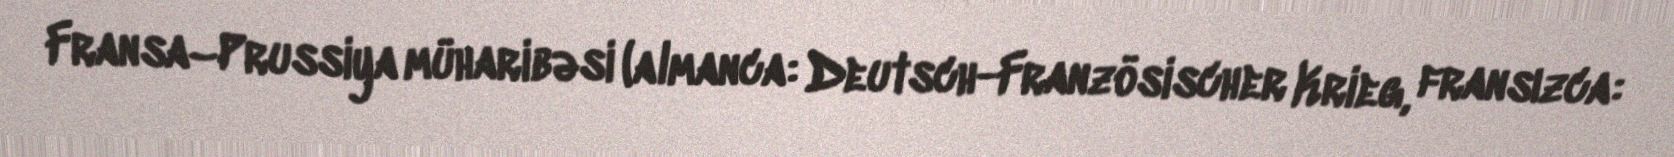
Fransa–Prussiya müharibəsi (almanca: Deutsch-Französischer Krieg, fransızca: